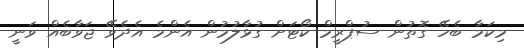
މިކަމާ ބެހޭ ގޮތުން ސުޕްރީމް ކޯޓަށް ގުޅާލުމުން އެންމެ އެދެވޭ ޖަވާބެއް ވަނީ